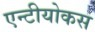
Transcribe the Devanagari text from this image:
एन्टीयोकस